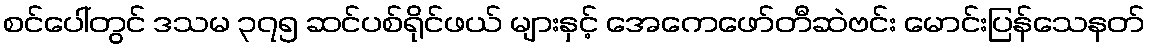
စင်ပေါ်တွင် ဒသမ ၃၇၅ ဆင်ပစ်ရိုင်ဖယ် များနှင့် အေကေဖော်တီဆဲဗင်း မောင်းပြန်သေနတ်